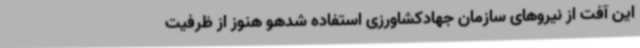
این آفت از نیروهای سازمان جهادکشاورزی استفاده شدهو هنوز از ظرفیت